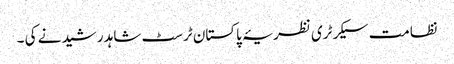
نظامت سیکرٹری نظریۂ پاکستان ٹرسٹ شاہد رشید نے کی ۔